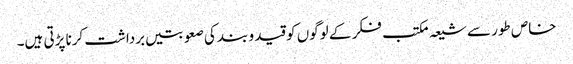
خاص طور سے شیعہ مکتب فکر کے لوگوں کو قید و بند کی صعوبتیں برداشت کرنا پڑتی ہیں۔